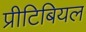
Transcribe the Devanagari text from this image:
प्रीटिबियल